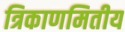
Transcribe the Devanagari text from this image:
त्रिकाणमितीय